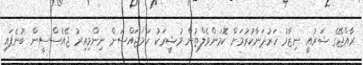
ރާއްޖޭގެ ޝަރުއީ ނިޒާމު ހަރުދަނާކުރުމަށް ކޮމަންވެލްތުން މުޝީރަކު ހަމަޖައްސަން ނިންމިއިރު ޖޭއެސްސީން ބުނެފައި